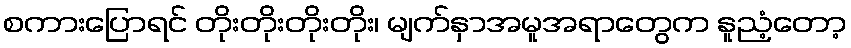
စကားပြောရင် တိုးတိုးတိုးတိုး၊ မျက်နှာအမူအရာတွေက နူညံ့တော့